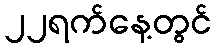
၂၂ရက်နေ့တွင်